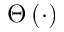
\Theta \left( \cdot \right)